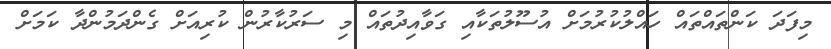
މިފަދަ ކަންތައްތައް ހައްލުކުރުމަށް އުސޫލުތަކާއި ގަވާއިދުތައް މި ސަރުކާރުން ކުރިއަށް ގެންދަމުންދާ ކަމަށް